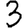
Digit: 3